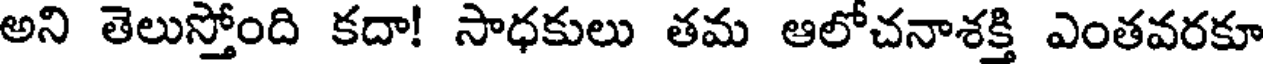
అని తెలుస్తోంది కదా! సాధకులు తమ ఆలోచనాశక్తి ఎంతవరకూ